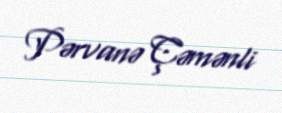
Pərvanə Çəmənli